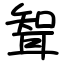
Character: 聟